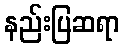
နည်းပြဆရာ